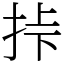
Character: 挊